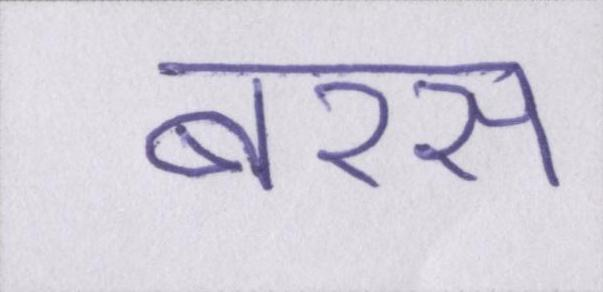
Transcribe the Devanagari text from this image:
बरस